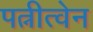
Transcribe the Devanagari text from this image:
पत्नीत्वेन